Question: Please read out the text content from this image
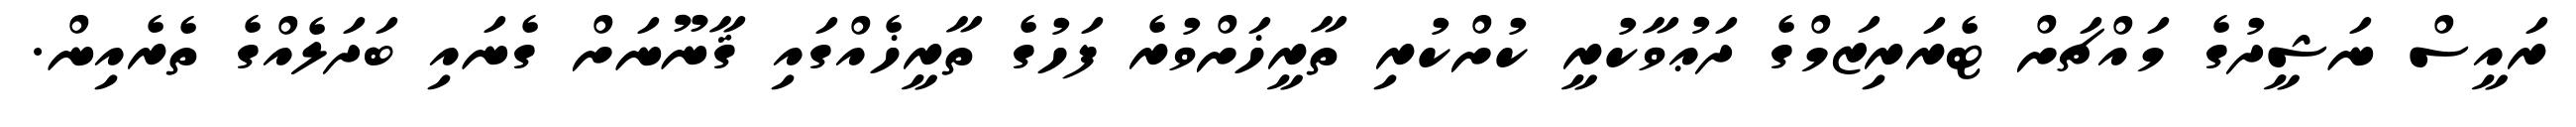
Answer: ރައީސް ނަޝީދުގެ މައްޗަށް ޓެރަރިޒަމްގެ ދަޢުވާކުރީ ކުށްކުރި ތާރީޚަށްވުރެ ފަހުގެ ތާރީޚެއްގައި ޤާނޫނަށް ގެނައި ބަދަލެއްގެ ތެރެއިން.